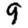
Digit: 9